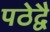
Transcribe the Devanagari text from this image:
पठेद्वै